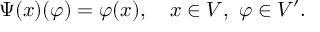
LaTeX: \Psi ( x ) ( \varphi ) = \varphi ( x ) , \quad x \in V , \ \varphi \in V ^ { \prime } .